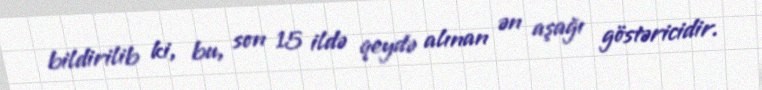
bildirilib ki, bu, son 15 ildə qeydə alınan ən aşağı göstəricidir.